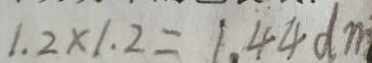
1 . 2 \times 1 . 2 = 1 . 4 4 d m